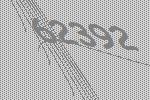
62392